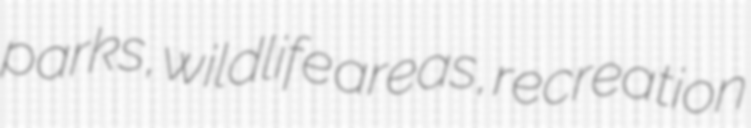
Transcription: parks, wildlife areas, recreation